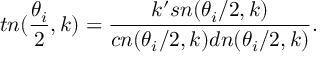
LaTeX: t n ( \frac { \theta _ { i } } { 2 } , k ) = \frac { k ^ { \prime } s n ( \theta _ { i } / 2 , k ) } { c n ( \theta _ { i } / 2 , k ) d n ( \theta _ { i } / 2 , k ) } .